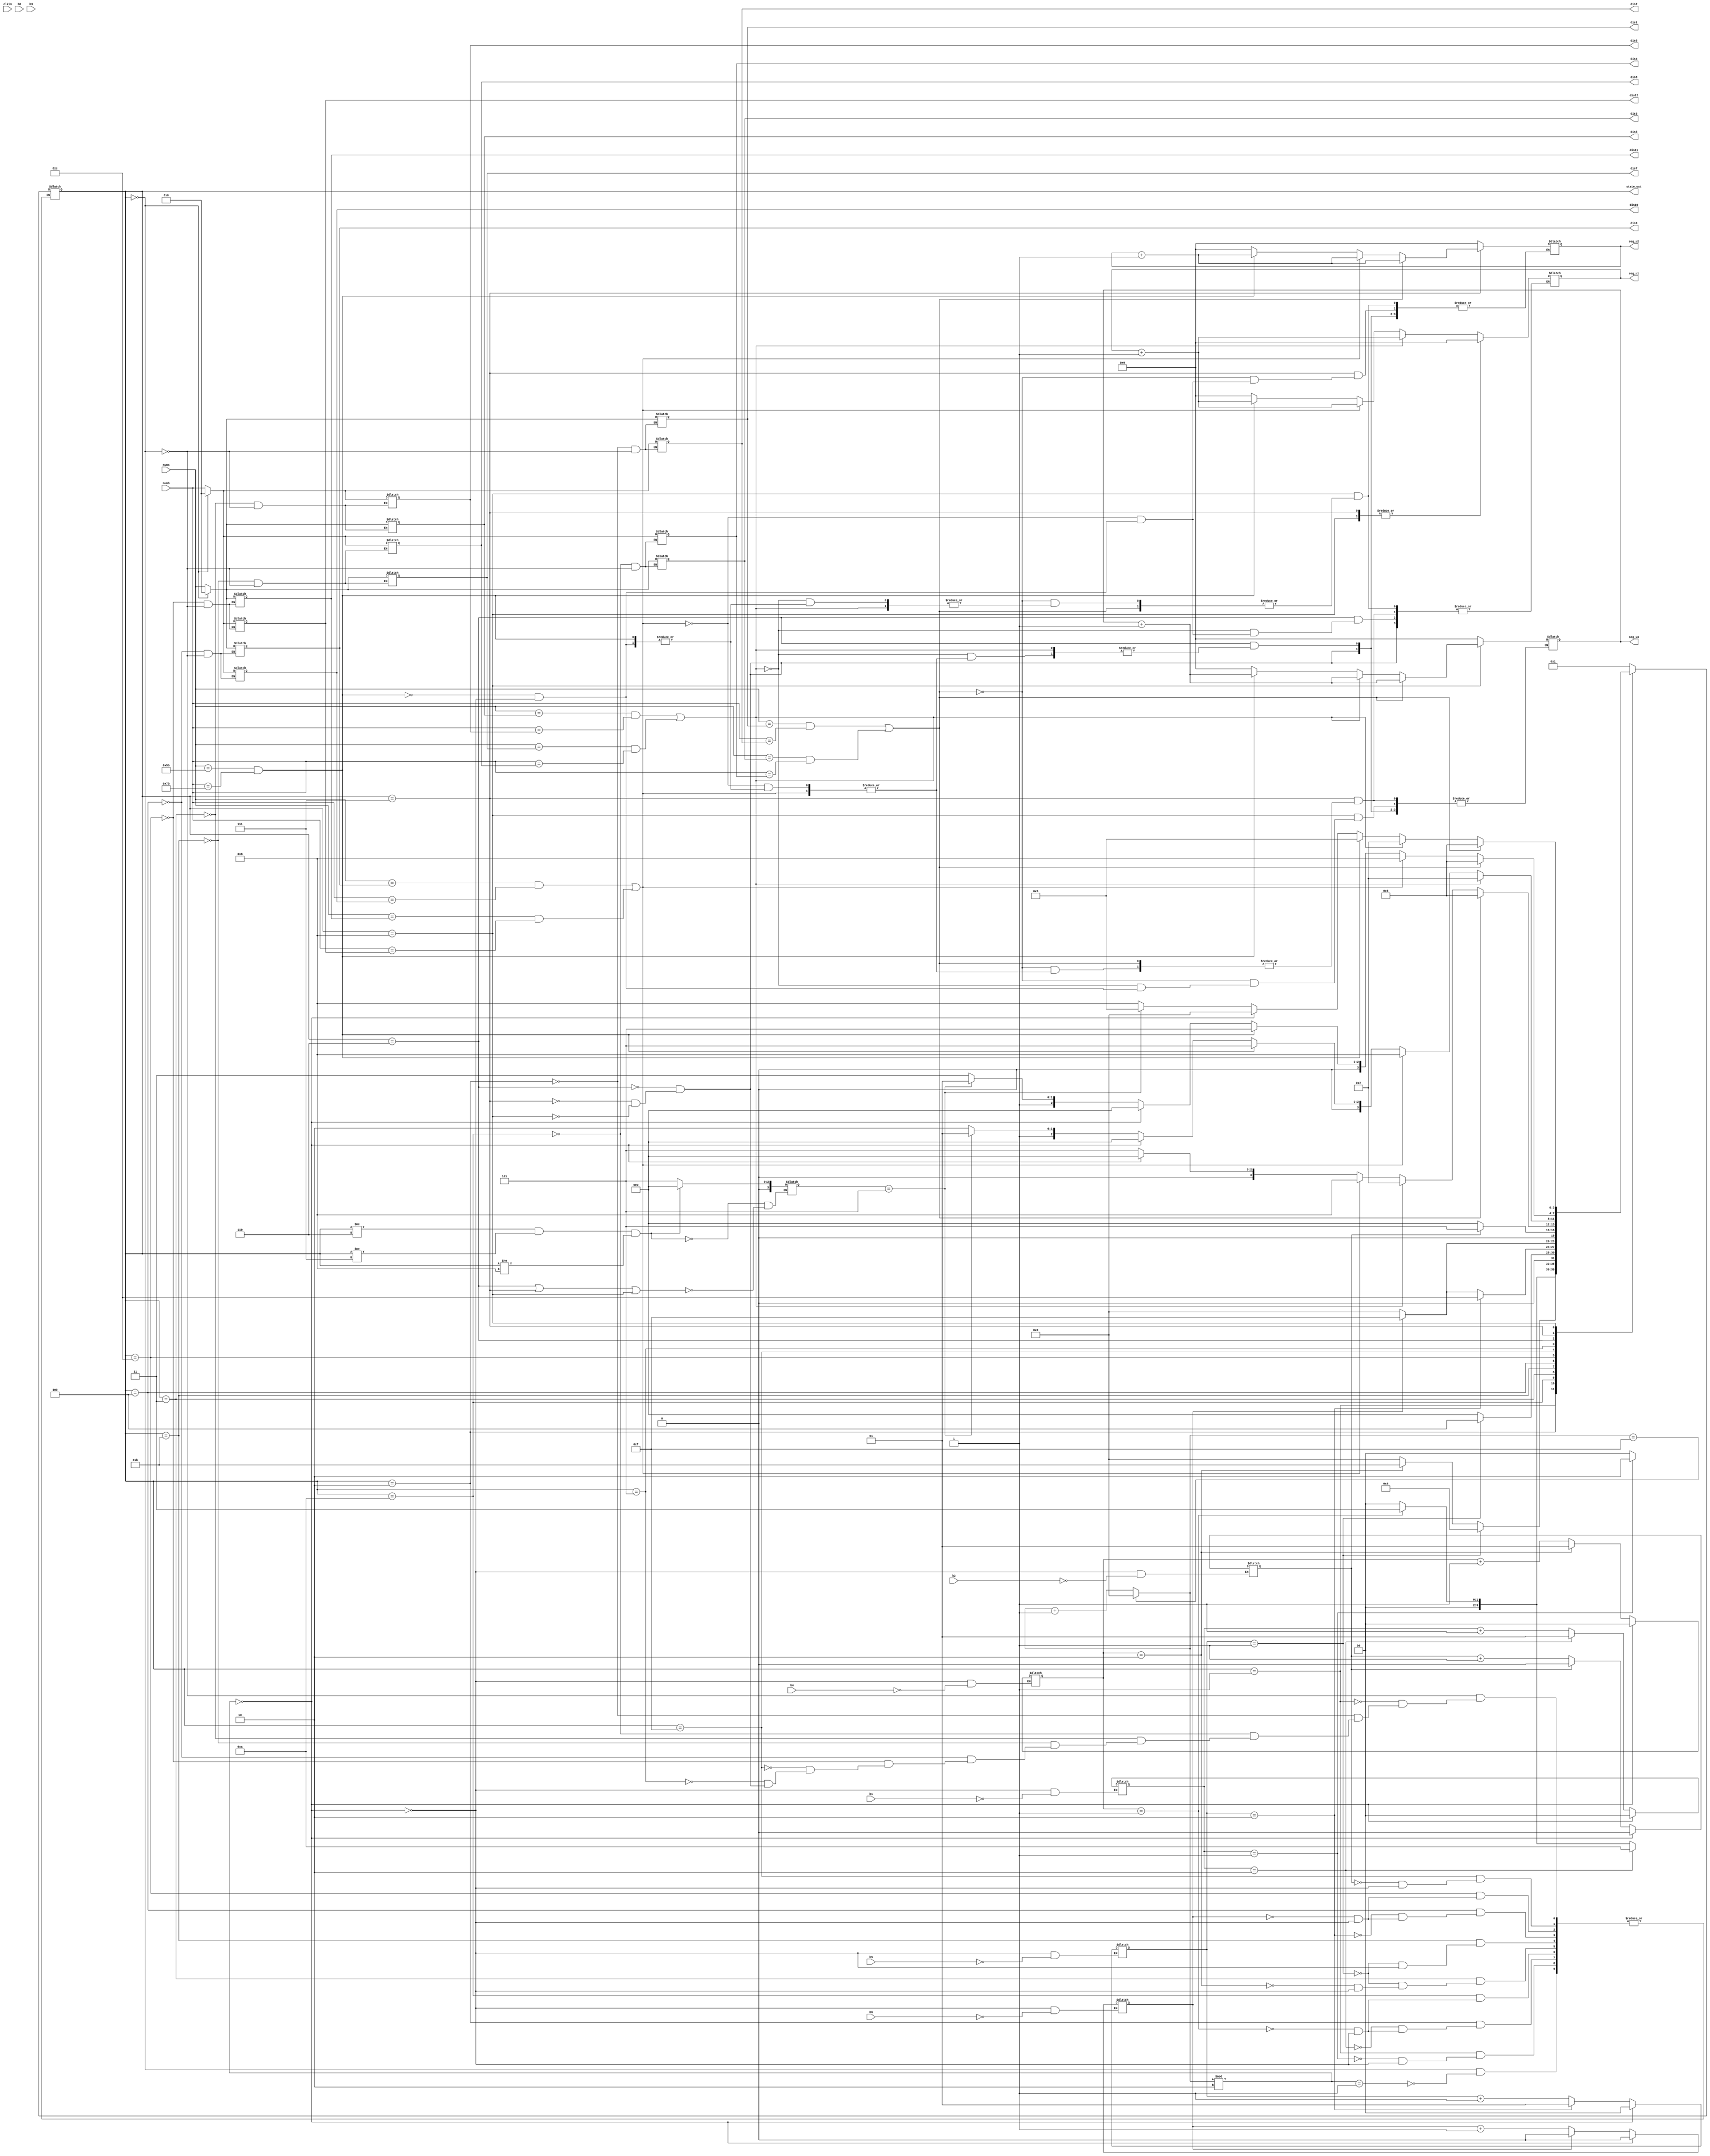

module main(clkin, b0, b1, b2, b3, b4, b5, b6, nums, numb, dis1, dis2, dis3, dis4, dis5, dis6, dis7, dis8, dis9, dis10, dis11, dis12, seg_u1, seg_u2, seg_u3, state_out);
   input        clkin;
   input        b0; // btn
   input        b1;
   input        b2;
   input        b3;
   input        b4;
   input        b5;
   input        b6;
   input [6:0]  nums; // 
   input [6:0]  numb; // 
   output [6:0] dis1; // LCD
   output [6:0] dis2;
   output [6:0] dis3;
   output [6:0] dis4;
   output [6:0] dis5;
   output [6:0] dis6;
   output [6:0] dis7;
   output [6:0] dis8;
   output [6:0] dis9;
   output [6:0] dis10;
   output [6:0] dis11;
   output [6:0] dis12;
   output [4:0] seg_u1; // 
   output [4:0] seg_u2;
   output [4:0] seg_u3;
   output [3:0] state_out; // 
   
   reg [3:0]    cnt_b0; // 
   reg [1:0]    cnt_b1;
   reg [0:0]    cnt_b2;
   reg [1:0]    cnt_b4;
   reg [1:0]    cnt_b5;
   reg [0:0]    cnt_b6;
   reg [4:0]    cnt_u1; // 
   reg [4:0]    cnt_u2;
   reg [4:0]    cnt_u3;
   reg [3:0]    cur_state;
   reg [6:0]    rs1; // 
   reg [6:0]    rs2;
   reg [6:0]    rb1;
   reg [6:0]    rb2;
   reg [6:0]    gs1;
   reg [6:0]    gs2;
   reg [6:0]    gb1;
   reg [6:0]    gb2;
   reg [6:0]    ys1;
   reg [6:0]    ys2;
   reg [6:0]    yb1;
   reg [6:0]    yb2;
   reg [3:0]    temp1;
   
//////////////////////////////////////////////////////////////-

   always @(b0)
      
      begin
         if (cnt_b0 == 15)
            cnt_b0 <= 0;
         else
            cnt_b0 <= cnt_b0 + 1;
      end
   
   
   always @(b1)
      if ((cnt_b0 % 2) == 0)
         cnt_b1 <= 0;
      else if (b1 == 1'b1)
      begin
         if (cnt_b1 == 2)
            cnt_b1 <= 1;
         else
            cnt_b1 <= cnt_b1 + 1;
      end
   
   
   always @(b4)
      if ((cnt_b0 % 2) == 0)
         cnt_b4 <= 0;
      else if (b4 == 1'b1)
      begin
         if (cnt_b4 == 2)
            cnt_b4 <= 1;
         else
            cnt_b4 <= cnt_b4 + 1;
      end
   
   
   always @(b5)
      if ((cnt_b0 % 2) == 0)
         cnt_b5 <= 0;
      else if (b5 == 1'b1)
      begin
         if (cnt_b5 == 2)
            cnt_b5 <= 1;
         else
            cnt_b5 <= cnt_b5 + 1;
      end
   
   
   always @(b2)
      if ((cnt_b0 % 2) == 0)
         cnt_b2 <= 0;
      else if (b2 == 1'b1)
      begin
         if (cnt_b2 == 1)
            cnt_b2 <= 0;
         else
            cnt_b2 <= cnt_b2 + 1;
      end
   
   
   always @(b6)
      if ((cnt_b0 % 2) == 0)
         cnt_b6 <= 0;
      else if (b6 == 1'b1)
      begin
         if (cnt_b6 == 1)
            cnt_b6 <= 0;
         else
            cnt_b6 <= cnt_b6 + 1;
      end
   
//////////////////////////////////////////////////////////////-

////////////////////////////////-////////////////////////////////-

// state machINe status description:
// standard group:
// 0010 :  2 : set first  time for R box
// 0011 :  3 : set first  time for B box
// 0100 :  4 : set first  time for Y box
// 1010 : 10 : set second time for R box
// 1011 : 11 : set second time for B box
// 1100 : 12 : set second time for Y box
// 0101 :  5 : cnt down start
// 0110 :  6 : R box alert triggered
// 0111 :  7 : G box alert triggered
// 1000 :  8 : Y box alert triggered
// specialized group:
// 0000 :  0 : power off
// 0001 :  1 : power on
// 1111 : 31 : set finish

   always @(cur_state or clkin or cnt_b0 or cnt_b1 or cnt_b2 or nums or numb or b3)
      
         case (cur_state)
            4'b0000 : 
               if ((cnt_b0 % 2) == 1) // btn0
                  cur_state <= 4'b0001;
            4'b0001 :
               if (cnt_b1 == 1) // btn1
                  cur_state <= 4'b0010;
               else if ((cnt_b0 % 2) == 0)
                  cur_state <= 4'b0000;
            4'b0010 : // btn1
               if (cnt_b1 == 2)
                  cur_state <= 4'b1010;
               else if (cnt_b4 == 1)
                  cur_state <= 4'b0011;
               else if ((cnt_b0 % 2) == 0)
                  cur_state <= 4'b0000;
            4'b1010 :
               if (cnt_b4 == 1)
                  cur_state <= 4'b0011;
               else if ((cnt_b0 % 2) == 0)
                  cur_state <= 4'b0000;
            4'b0011 :
               if (cnt_b5 == 1)
                  cur_state <= 4'b0100;
               else if (cnt_b4 == 2)
                  cur_state <= 4'b1011;
               else if ((cnt_b0 % 2) == 0)
                  cur_state <= 4'b0000;
            4'b1011 :
               if (cnt_b5 == 1)
                  cur_state <= 4'b0100;
               else if ((cnt_b0 % 2) == 0)
                  cur_state <= 4'b0000;
            4'b0100 : // 
               if (cnt_b5 == 2)
                  cur_state <= 4'b1100;
               else if (cnt_b6 == 1)
                  cur_state <= 4'b1111;
               else if ((cnt_b0 % 2) == 0)
                  cur_state <= 4'b0000;
            4'b1100 :
               if (cnt_b6 == 1)
                  cur_state <= 4'b1111;
               else if ((cnt_b0 % 2) == 0)
                  cur_state <= 4'b0000;
            4'b1111 : // 
               if (cnt_b2 == 1)
                  cur_state <= 4'b0101;
               else if ((cnt_b0 % 2) == 0)
                  cur_state <= 4'b0000;
            4'b0101 :
               if ((nums == rs1 & numb == rb1) | (nums == rs2 & numb == rb2)) // 
                  cur_state <= 4'b0110;
               else if ((nums == gs1 & numb == gb1) | (nums == gs2 & numb == gb2))
                  cur_state <= 4'b0111;
               else if ((nums == ys1 & numb == yb1) | (nums == ys2 & numb == yb2))
                  cur_state <= 4'b1000;
               else if ((cnt_b0 % 2) == 0)
                  cur_state <= 4'b0000;
               else
                  cur_state <= 4'b0101;
            4'b0110 : // 
               if ((nums == gs1 & numb == gb1) | (nums == gs2 & numb == gb2))
               begin // 
                  cur_state <= 4'b0111; // 
                  cnt_u1 <= cnt_u1 + 1; // +1
               end
               else if ((nums == ys1 & numb == yb1) | (nums == ys2 & numb == yb2))
               begin
                  cur_state <= 4'b1000;
                  cnt_u1 <= cnt_u1 + 1;
               end
               else if (nums == 7'b1011011 & numb == 7'b1111011)
               begin // 60
                  cur_state <= 4'b0101;
                  cnt_u1 <= cnt_u1 + 1;
               end
               else if ((cnt_b0 % 2) == 0)
               begin // 
                  cur_state <= 4'b0000;
                  cnt_u1 <= 0;
                  cnt_u2 <= 0;
                  cnt_u3 <= 0;
               end
               else if (temp1 == 4'b0101)
                  cur_state <= 4'b0101;
               else
                  cur_state <= 4'b0110;
            4'b0111 :
               if ((nums == rs1 & numb == rb1) | (nums == rs2 & numb == rb2))
               begin
                  cur_state <= 4'b0110;
                  cnt_u2 <= cnt_u2 + 1;
               end
               else if ((nums == ys1 & numb == yb1) | (nums == ys2 & numb == yb2))
               begin
                  cur_state <= 4'b1000;
                  cnt_u2 <= cnt_u2 + 1;
               end
               else if (nums == 7'b1011011 & numb == 7'b1111011)
               begin
                  cur_state <= 4'b0101;
                  cnt_u2 <= cnt_u2 + 1;
               end
               else if ((cnt_b0 % 2) == 0)
               begin
                  cur_state <= 4'b0000;
                  cnt_u1 <= 0;
                  cnt_u2 <= 0;
                  cnt_u3 <= 0;
               end
               else if (temp1 == 4'b0101)
                  cur_state <= 4'b0101;
               else
                  cur_state <= 4'b0111;
            4'b1000 :
               if ((nums == rs1 & numb == rb1) | (nums == rs2 & numb == rb2))
               begin
                  cur_state <= 4'b0110;
                  cnt_u3 <= cnt_u3 + 1;
               end
               else if ((nums == gs1 & numb == gb1) | (nums == gs2 & numb == gb2))
               begin
                  cur_state <= 4'b0111;
                  cnt_u3 <= cnt_u3 + 1;
               end
               else if (nums == 7'b1011011 & numb == 7'b1111011)
               begin
                  cur_state <= 4'b0101;
                  cnt_u3 <= cnt_u3 + 1;
               end
               else if ((cnt_b0 % 2) == 0)
               begin
                  cur_state <= 4'b0000;
                  cnt_u1 <= 0;
                  cnt_u2 <= 0;
                  cnt_u3 <= 0;
               end
               else if (temp1 == 4'b0101)
                  cur_state <= 4'b0101;
               else
                  cur_state <= 4'b1000;
            default :
               ;
         endcase
   
   
   always @(  b3 or cur_state) // 
      if (cur_state != 4'b0110 & cur_state != 4'b0111 & cur_state != 4'b1000)
         temp1 <= 4'b0000; // 
      else 
      begin
         if (cur_state == 4'b0110 | cur_state == 4'b0111 | cur_state == 4'b1000)
            temp1 <= 4'b0101; // 
      end
   
   assign dis1 = rs1;
   assign dis2 = rb1;
   assign dis3 = rs2;
   assign dis4 = rb2;
   assign dis5 = gs1;
   assign dis6 = gb1;
   assign dis7 = gs2;
   assign dis8 = gb2;
   assign dis9 = ys1;
   assign dis10 = yb1;
   assign dis11 = ys2;
   assign dis12 = yb2;
   
   assign state_out = cur_state;
   assign seg_u1 = cnt_u1;
   assign seg_u2 = cnt_u2;
   assign seg_u3 = cnt_u3;
   
//////////////////////////////////////////////////////////////-
   
   always @(cur_state or   clkin)
      
         case (cur_state)
         // 
            4'b0010 :
               begin
                  rs1 <= nums;
                  rb1 <= numb;
               end
            4'b1010 :
               begin
                  rs2 <= nums;
                  rb2 <= numb;
               end
            4'b0011 :
               begin
                  gs1 <= nums;
                  gb1 <= numb;
               end
            4'b1011 :
               begin
                  gs2 <= nums;
                  gb2 <= numb;
               end
            4'b0100 :
               begin
                  ys1 <= nums;
                  yb1 <= numb;
               end
            4'b1100 :
               begin
                  ys2 <= nums;
                  yb2 <= numb;
               end
            4'b0000 :
               begin
               // 
                  rs1 <= 7'b0000000;
                  rb1 <= 7'b0000000;
                  gs1 <= 7'b0000000;
                  gb1 <= 7'b0000000;
                  ys1 <= 7'b0000000;
                  yb1 <= 7'b0000000;
                  rs2 <= 7'b0000000;
                  rb2 <= 7'b0000000;
                  gs2 <= 7'b0000000;
                  gb2 <= 7'b0000000;
                  ys2 <= 7'b0000000;
                  yb2 <= 7'b0000000;
               end
            default :
               ;
         endcase
   
endmodule